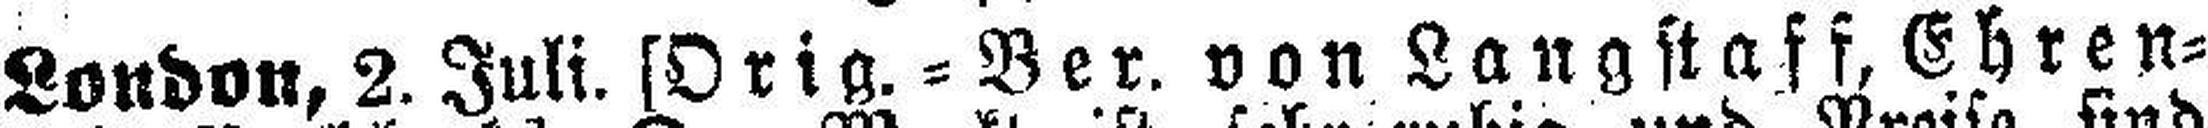
London, 2. Juli. [Orig.=Ber. von Langstaff, Ehren¬